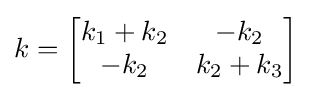
k={\begin{bmatrix}k_{1}+k_{2}&-k_{2}\\-k_{2}&k_{2}+k_{3}\end{bmatrix}}